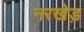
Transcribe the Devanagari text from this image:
नरखेड़